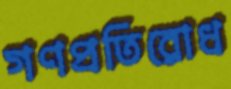
গণপ্রতিরোধ